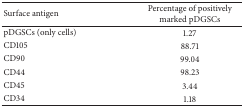
<table><thead><tr><td><b>Surface antigen</b></td><td><b>Percentage of positively marked pDGSCs</b></td></tr></thead><tbody><tr><td>pDGSCs (only cells)</td><td>1.27</td></tr><tr><td>CD105</td><td>88.71</td></tr><tr><td>CD90</td><td>99.04</td></tr><tr><td>CD44</td><td>98.23</td></tr><tr><td>CD45</td><td>3.44</td></tr><tr><td>CD34</td><td>1.18</td></tr></tbody></table>